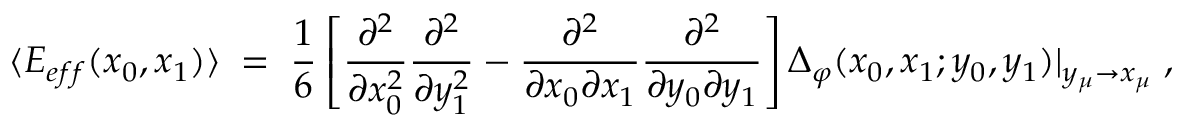
\langle E _ { e f f } ( x _ { 0 } , x _ { 1 } ) \rangle \; = \; \frac { 1 } { 6 } \left[ \frac { \partial ^ { 2 } } { \partial x _ { 0 } ^ { 2 } } \frac { \partial ^ { 2 } } { \partial y _ { 1 } ^ { 2 } } - \frac { \partial ^ { 2 } } { \partial x _ { 0 } \partial x _ { 1 } } \frac { \partial ^ { 2 } } { \partial y _ { 0 } \partial y _ { 1 } } \right] \Delta _ { \varphi } ( x _ { 0 } , x _ { 1 } ; y _ { 0 } , y _ { 1 } ) | _ { y _ { \mu } \to x _ { \mu } } \; ,